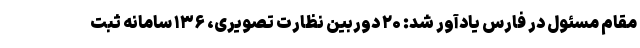
مقام مسئول در فارس یادآور شد: ۲۰ دوربین نظارت تصویری، ۱۳۶ سامانه ثبت